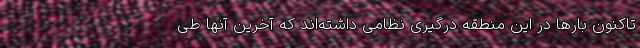
تاکنون بارها در این منطقه درگیری نظامی داشته‌اند که آخرین آنها طی